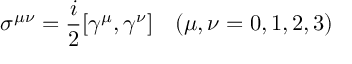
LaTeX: \sigma ^ { \mu \nu } = \frac { i } { 2 } [ \gamma ^ { \mu } , \gamma ^ { \nu } ] \quad ( \mu , \nu = 0 , 1 , 2 , 3 )